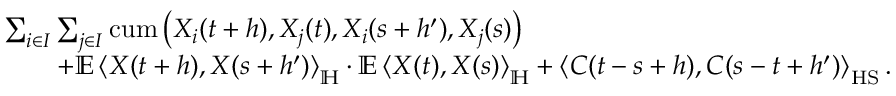
\begin{array} { r l } & { \sum _ { i \in I } \sum _ { j \in I } \mathrm { c u m } \left( X _ { i } ( t + h ) , { X _ { j } ( t ) } , { X _ { i } ( s + h ^ { \prime } ) } , X _ { j } ( s ) \right) } \\ & { \qquad + \mathbb { E } \left\langle X ( t + h ) , X ( s + h ^ { \prime } ) \right\rangle _ { \mathbb H } \cdot \mathbb { E } \left\langle X ( t ) , X ( s ) \right\rangle _ { \mathbb H } + \left\langle C ( t - s + h ) , C ( s - t + h ^ { \prime } ) \right\rangle _ { \mathrm { H S } } . } \end{array}